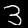
Digit: 3